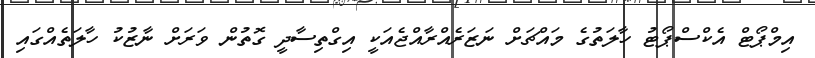
އިމްޕޯޓް އެކްސްޕޯޓު ހާލަތުގެ މައްޗަށް ނަޒަރެއްރާއްޖެއަކީ އިގްތިސާދީ ގޮތުން ވަރަށް ނާޒުކު ހާލަތެއްގައި